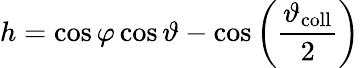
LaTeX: h=\cos{\varphi}\cos{\vartheta}-\cos\left(\frac{\vartheta_{\mathrm{coll}}}{2}\right)